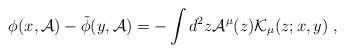
LaTeX: \begin{align*}\phi (x,{\cal A})-\tilde{\phi} (y,{\cal A})=-\int d^2z{\cal A}^{\mu}(z){\cal K}_{\mu}(z;x,y)\; ,\end{align*}